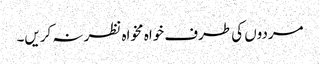
مردوں کی طرف خواہ مخواہ نظر نہ کریں۔